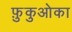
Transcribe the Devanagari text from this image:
फ़ुकुओका